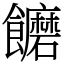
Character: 饝